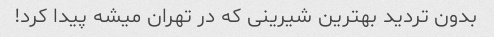
بدون تردید بهترین شیرینى که در تهران میشه پیدا کرد!